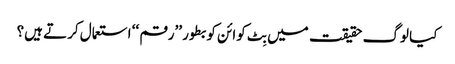
کیا لوگ حقیقت میں بِٹ کوائن کو بطور ’’رقم ‘‘ استعمال کرتے ہیں؟